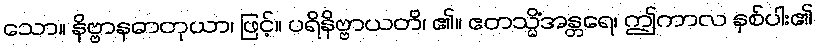
သော။ နိဗ္ဗာနဓာတုယာ၊ ဖြင့်။ ပရိနိဗ္ဗာယတိ၊ ၏။ ဧတသ္မိံအန္တရေ၊ ဤကာလ နှစ်ပါး၏